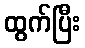
ထွက်ပြီး